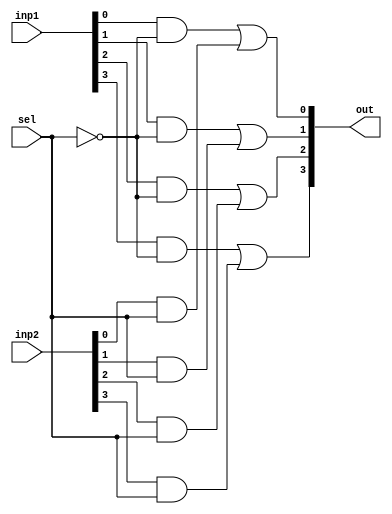
module mux_2to1(
	inp1, inp2, sel, out
);
	input wire [3:0] inp1;
	input wire [3:0]	inp2;
	input	wire sel;
	output wire [3:0] out;
	
	wire [3:0] w1;
	wire [3:0] w2;
	
	assign w1[0] = inp1[0]&(!sel);
	assign w1[1] = inp1[1]&(!sel);
	assign w1[2] = inp1[2]&(!sel);
	assign w1[3] = inp1[3]&(!sel);
	
	assign w2[0] = inp2[0]&(sel);
	assign w2[1] = inp2[1]&(sel);
	assign w2[2] = inp2[2]&(sel);
	assign w2[3] = inp2[3]&(sel);
	
	assign out[0] = w1[0]|w2[0];
	assign out[1] = w1[1]|w2[1];
	assign out[2] = w1[2]|w2[2];
	assign out[3] = w1[3]|w2[3];
	
	
endmodule